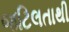
જટિલતાથી